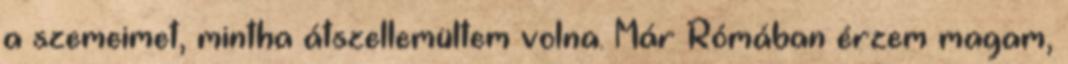
a szemeimet, mintha átszellemültem volna. Már Rómában érzem magam,